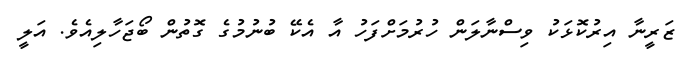
ޒަރީނާ އިރުކޮޅަކު ވިސްނާލަން ހުރުމަށްފަހު އާ އެކޭ ބުނުމުގެ ގޮތުން ބޯޖަހާލިއެވެ. އަލީ